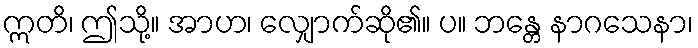
ဣတိ၊ ဤသို့။ အာဟ၊ လျှောက်ဆို၏။ ပ။ ဘန္တေ နာဂသေနာ၊